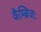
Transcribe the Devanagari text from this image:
कैम्ब्रिजः